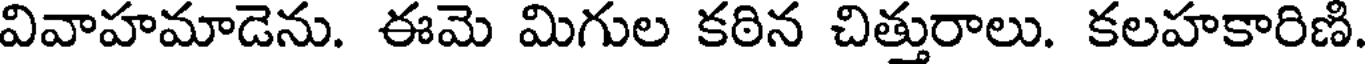
వివాహమాడెను. ఈమె మిగుల కఠిన చిత్తురాలు. కలహకారిణి.